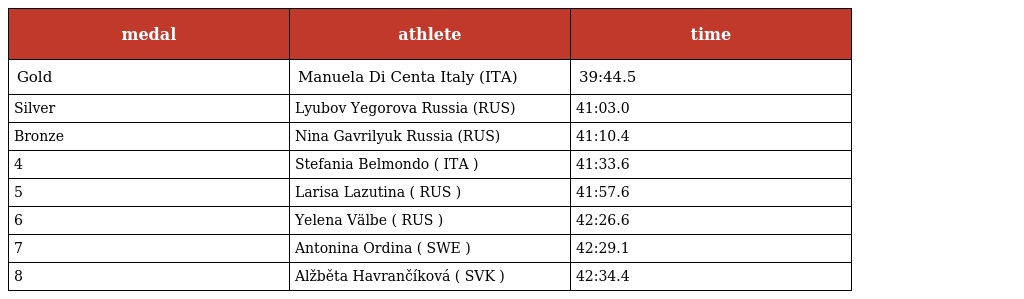
| medal | athlete | time |
 | --- | --- | --- |
 | Gold | Manuela Di Centa Italy (ITA) | 39:44.5 |
 | Silver | Lyubov Yegorova Russia (RUS) | 41:03.0 |
 | Bronze | Nina Gavrilyuk Russia (RUS) | 41:10.4 |
 | 4 | Stefania Belmondo ( ITA ) | 41:33.6 |
 | 5 | Larisa Lazutina ( RUS ) | 41:57.6 |
 | 6 | Yelena Välbe ( RUS ) | 42:26.6 |
 | 7 | Antonina Ordina ( SWE ) | 42:29.1 |
 | 8 | Alžběta Havrančíková ( SVK ) | 42:34.4 |